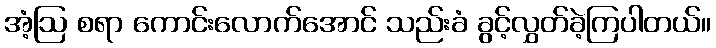
အံ့ဩ စရာ ကောင်းလောက်အောင် သည်းခံ ခွင့်လွှတ်ခဲ့ကြပါတယ်။